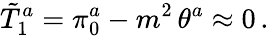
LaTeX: \tilde{T}_{1}^{a}=\pi_{0}^{a}-m^{2}\, \theta^{a}\approx 0\, .